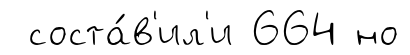
соста́в'ил'и 664 но